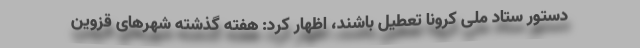
دستور ستاد ملی کرونا تعطیل باشند، اظهار کرد: هفته گذشته شهر‌های قزوین